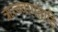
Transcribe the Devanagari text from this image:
ऋत्ज्वागतादि